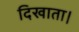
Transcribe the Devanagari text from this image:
दिखाता।